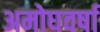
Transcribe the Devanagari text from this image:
अमोघवर्षा